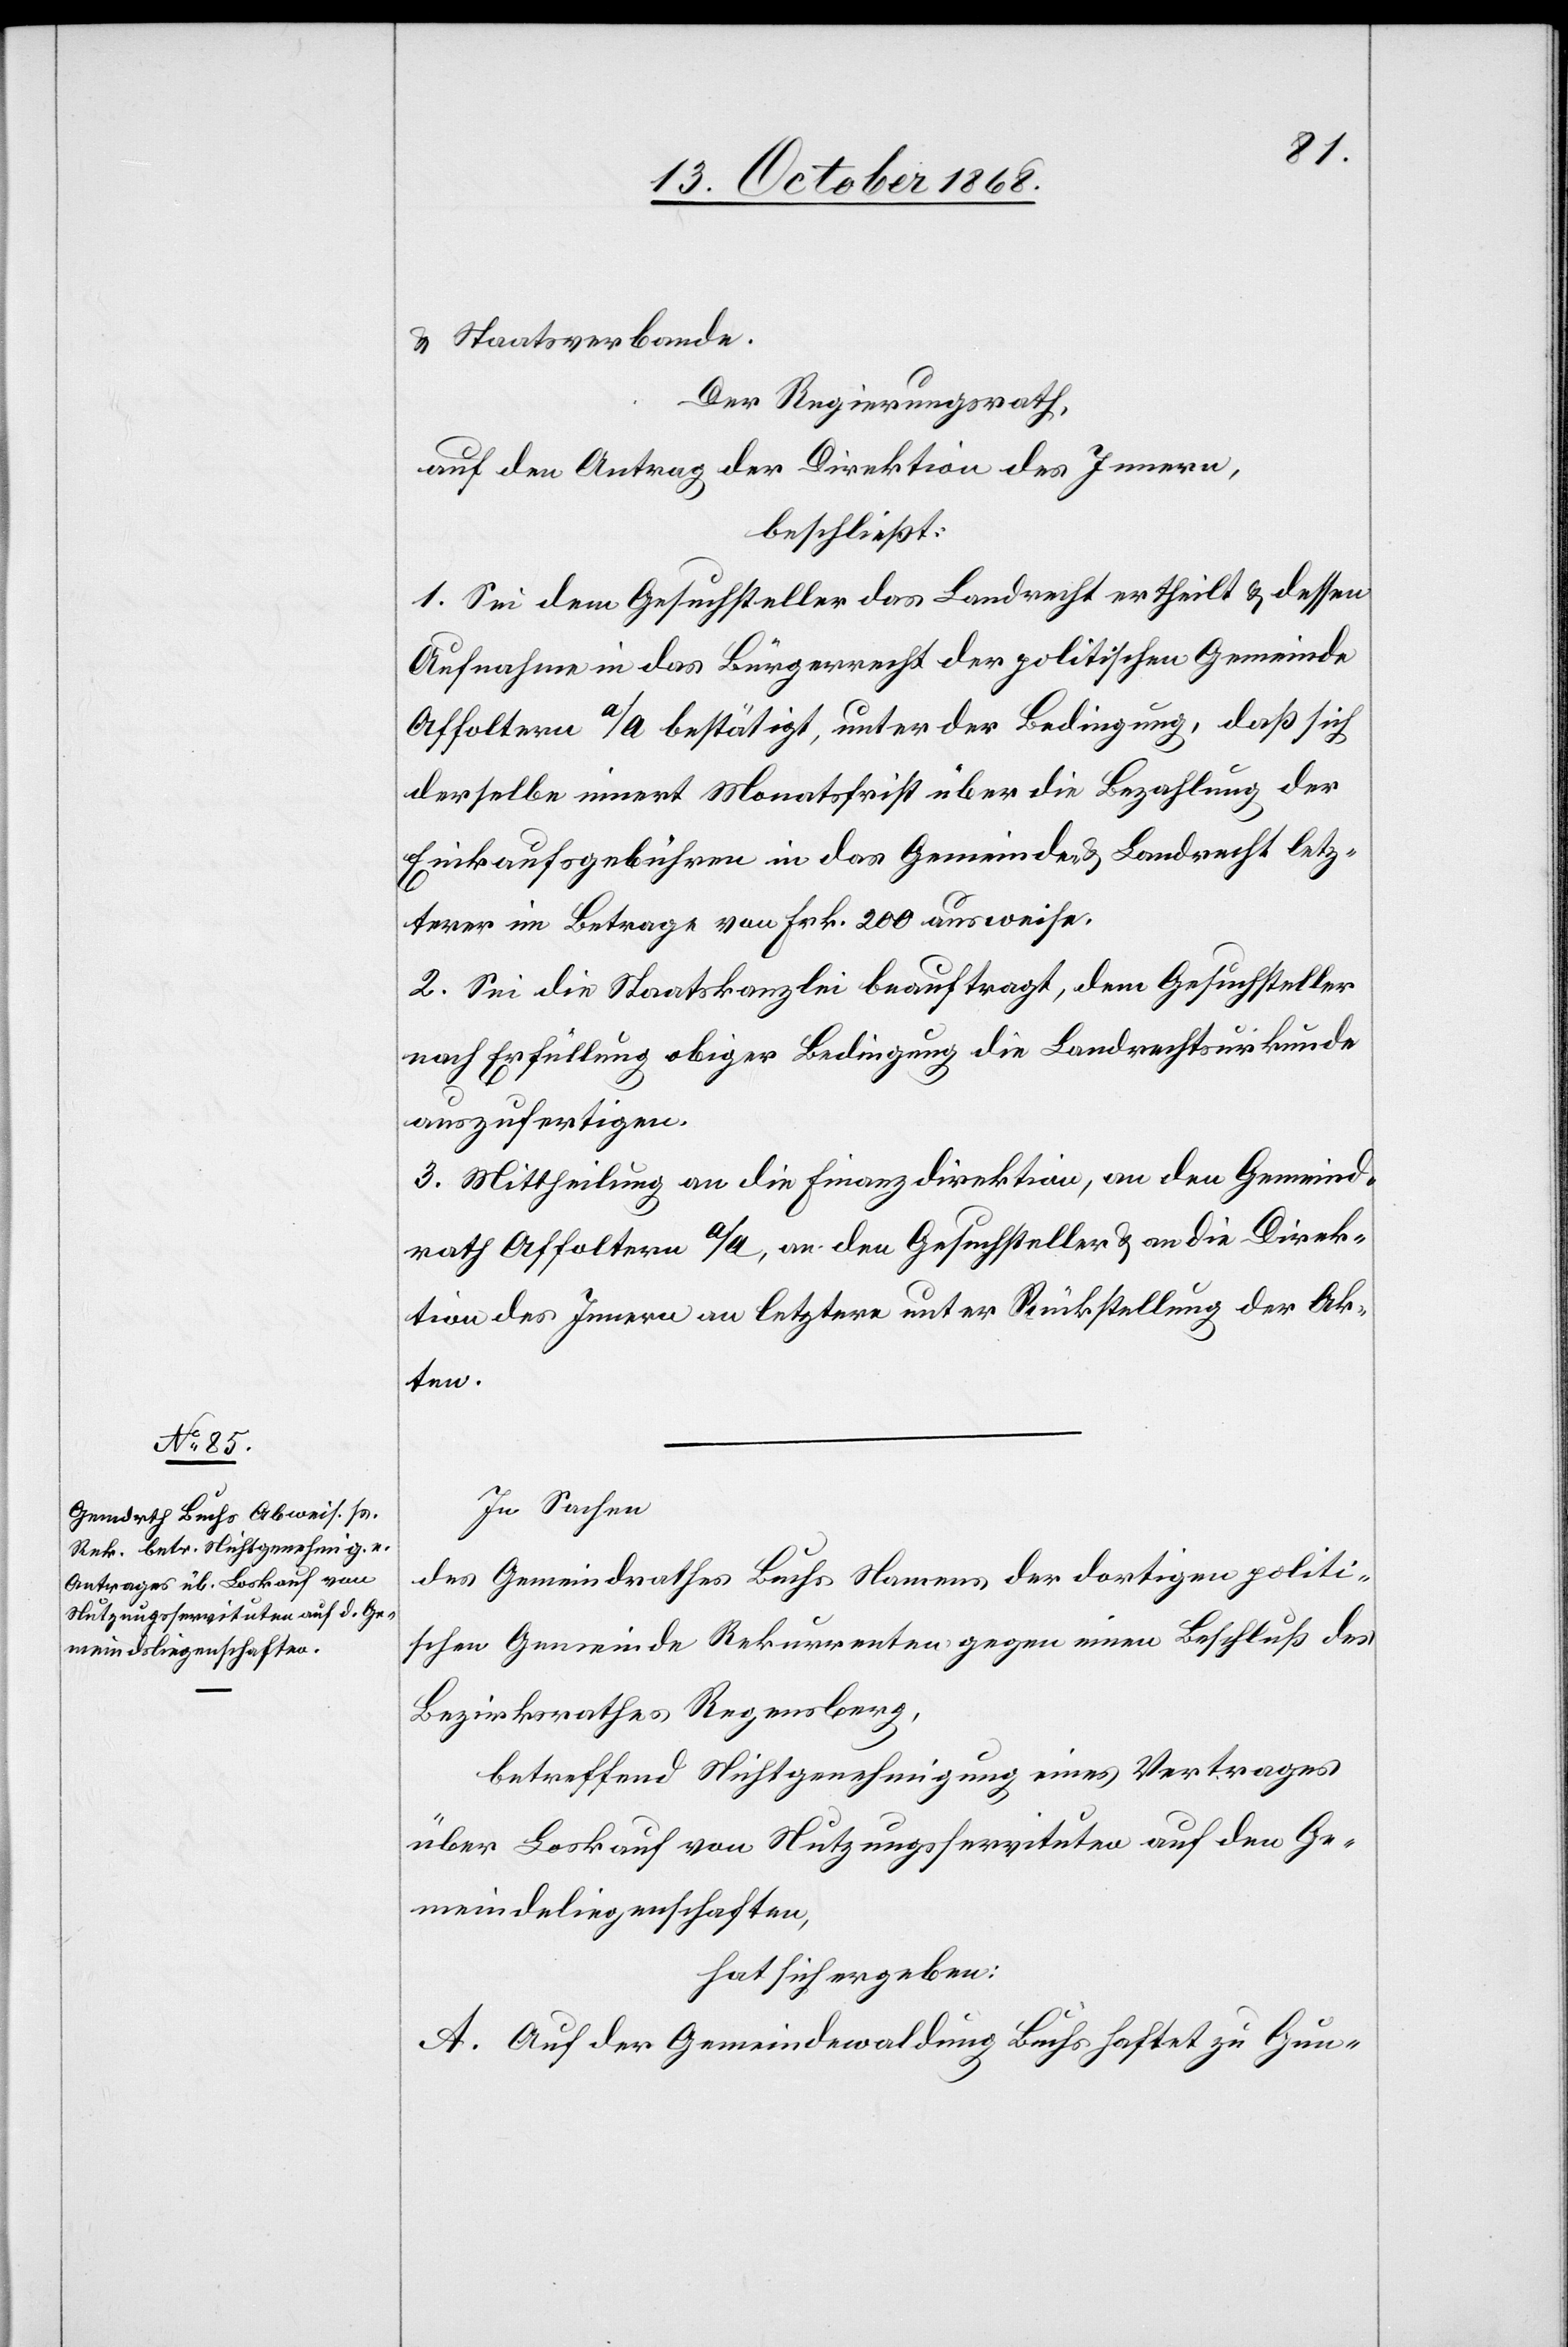
& Staatsverbande.
Der Regierungsrath,
auf den Antrag der Direktion des Innern,
beschließt:
1. Sei dem Gesuchsteller das Landrecht ertheilt & dessen
Aufnahme in das Bürgerrecht der politischen Gemeinde
Affoltern a/A bestätigt, unter der Bedingung, daß sich
derselbe innert Monatsfrist über die Bezahlung der
Einkaufsgebühren in das Gemeinde- & Landrecht letz¬
terer im Betrage von Frk. 200 ausweise.
2. Sei die Staatskanzlei beauftragt, dem Gesuchsteller
nach Erfüllung obiger Bedingung die Landrechtsurkunde
auszufertigen.
3. Mittheilung an die Finanzdirektion, an den Gemeind¬
rath Affoltern a/A, an den Gesuchsteller & an die Direk¬
tion des Innern an letztere unter Rückstellung der Ak¬
ten.
In Sachen
des Gemeindrathes Buchs Namens der dortigen politi¬
schen Gemeinde Rekurrenten gegen einen Beschluß des
Bezirksrathes Regensberg,
betreffend Nichtgenehmigung eines Vertrages
über Loskauf von Nutzungsservituten auf den Ge¬
meindeliegenschaften,
hat sich ergeben:
A. Auf der Gemeindewaldung Buchs haftet zu Gun-